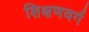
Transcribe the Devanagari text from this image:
शिक्षणवर्ग